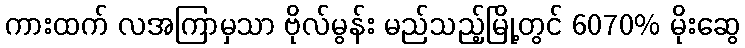
ကားထက် လအကြာမှသာ ဗိုလ်မွန်း မည်သည့်မြို့တွင် 6070% မိုးဆွေ